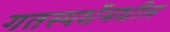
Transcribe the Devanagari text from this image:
गतस्पर्धेमधील